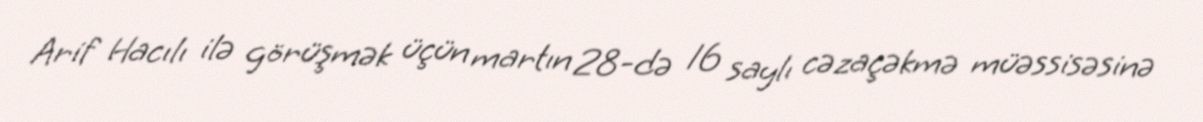
Arif Hacılı ilə görüşmək üçün martın 28-də 16 saylı cəzaçəkmə müəssisəsinə